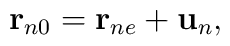
{\bf r}_{n0}={\bf r}_{ne}+{\bf u}_{n},